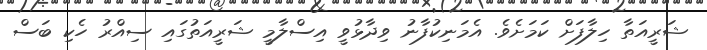
ޝަރީއަތާ ހިލާފަށް ކަމަށެވެ. އެމަނިކުފާނު ވިދާޅުވީ އިސްލާމީ ޝަރީއަތުގައި ސިއްރު ހެކި ބަސް